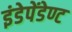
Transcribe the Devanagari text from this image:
इंडेपेंडेण्ट